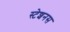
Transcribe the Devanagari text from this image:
स्टेशनस